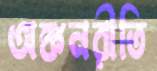
অঙ্কনরীতি